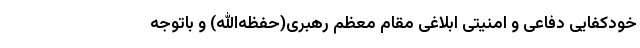
خودکفایی دفاعی و امنیتی ابلاغی مقام معظم رهبری(حفظه‌الله) و باتوجه